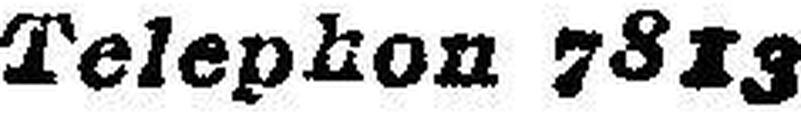
Telephon 7813